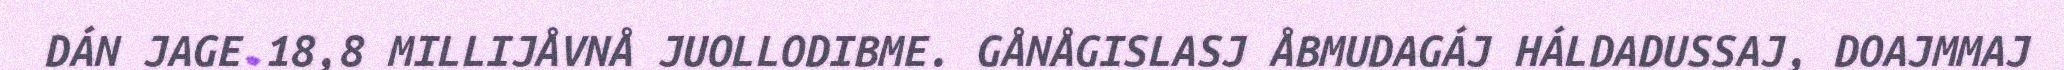
DÁN JAGE 18,8 MILLIJÅVNÅ JUOLLODIBME. GÅNÅGISLASJ ÅBMUDAGÁJ HÁLDADUSSAJ, DOAJMMAJ